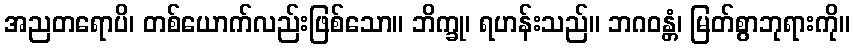
အညတရောပိ၊ တစ်ယောက်လည်းဖြစ်သော။ ဘိက္ခု၊ ရဟန်းသည်။ ဘဂဝန္တံ၊ မြတ်စွာဘုရားကို။